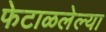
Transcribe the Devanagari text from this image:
फेटाळलेल्या